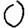
Digit: 0